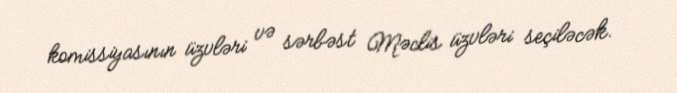
komissiyasının üzvləri və sərbəst Məclis üzvləri seçiləcək.